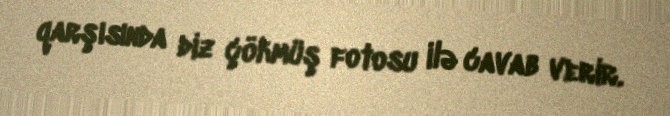
qarşısında diz çökmüş fotosu ilə cavab verir.